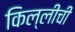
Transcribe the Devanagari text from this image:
किल्लीची